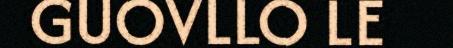
GUOVLLO LE